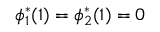
\phi _ { 1 } ^ { * } ( 1 ) = \phi _ { 2 } ^ { * } ( 1 ) = 0